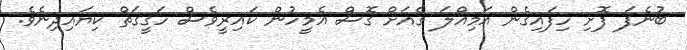
ބުނެފަ ފޮށި ހިފައިގެން އަމިއްލަ ގެއަށް ގޮސް އެމީހުން ކައިރީވެސް ހަގީގަތް ކިޔައިދިނެވެ.